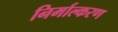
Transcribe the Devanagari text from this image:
निर्माल्करण